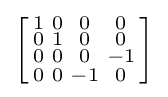
\left[{\begin{smallmatrix}1&0&0&0\\0&1&0&0\\0&0&0&-1\\0&0&-1&0\\\end{smallmatrix}}\right]